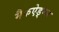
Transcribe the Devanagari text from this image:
मैकऐड्म्स